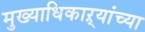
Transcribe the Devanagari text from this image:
मुख्याधिकाऱ्यांच्या